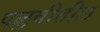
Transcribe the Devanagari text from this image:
पल्लवीतील